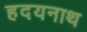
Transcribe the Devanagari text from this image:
हदयनाथ